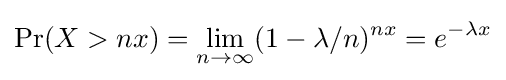
\Pr(X>nx)=\lim _{n\to \infty }(1-\lambda /n)^{nx}=e^{-\lambda x}